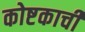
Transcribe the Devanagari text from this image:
कोष्टकाची